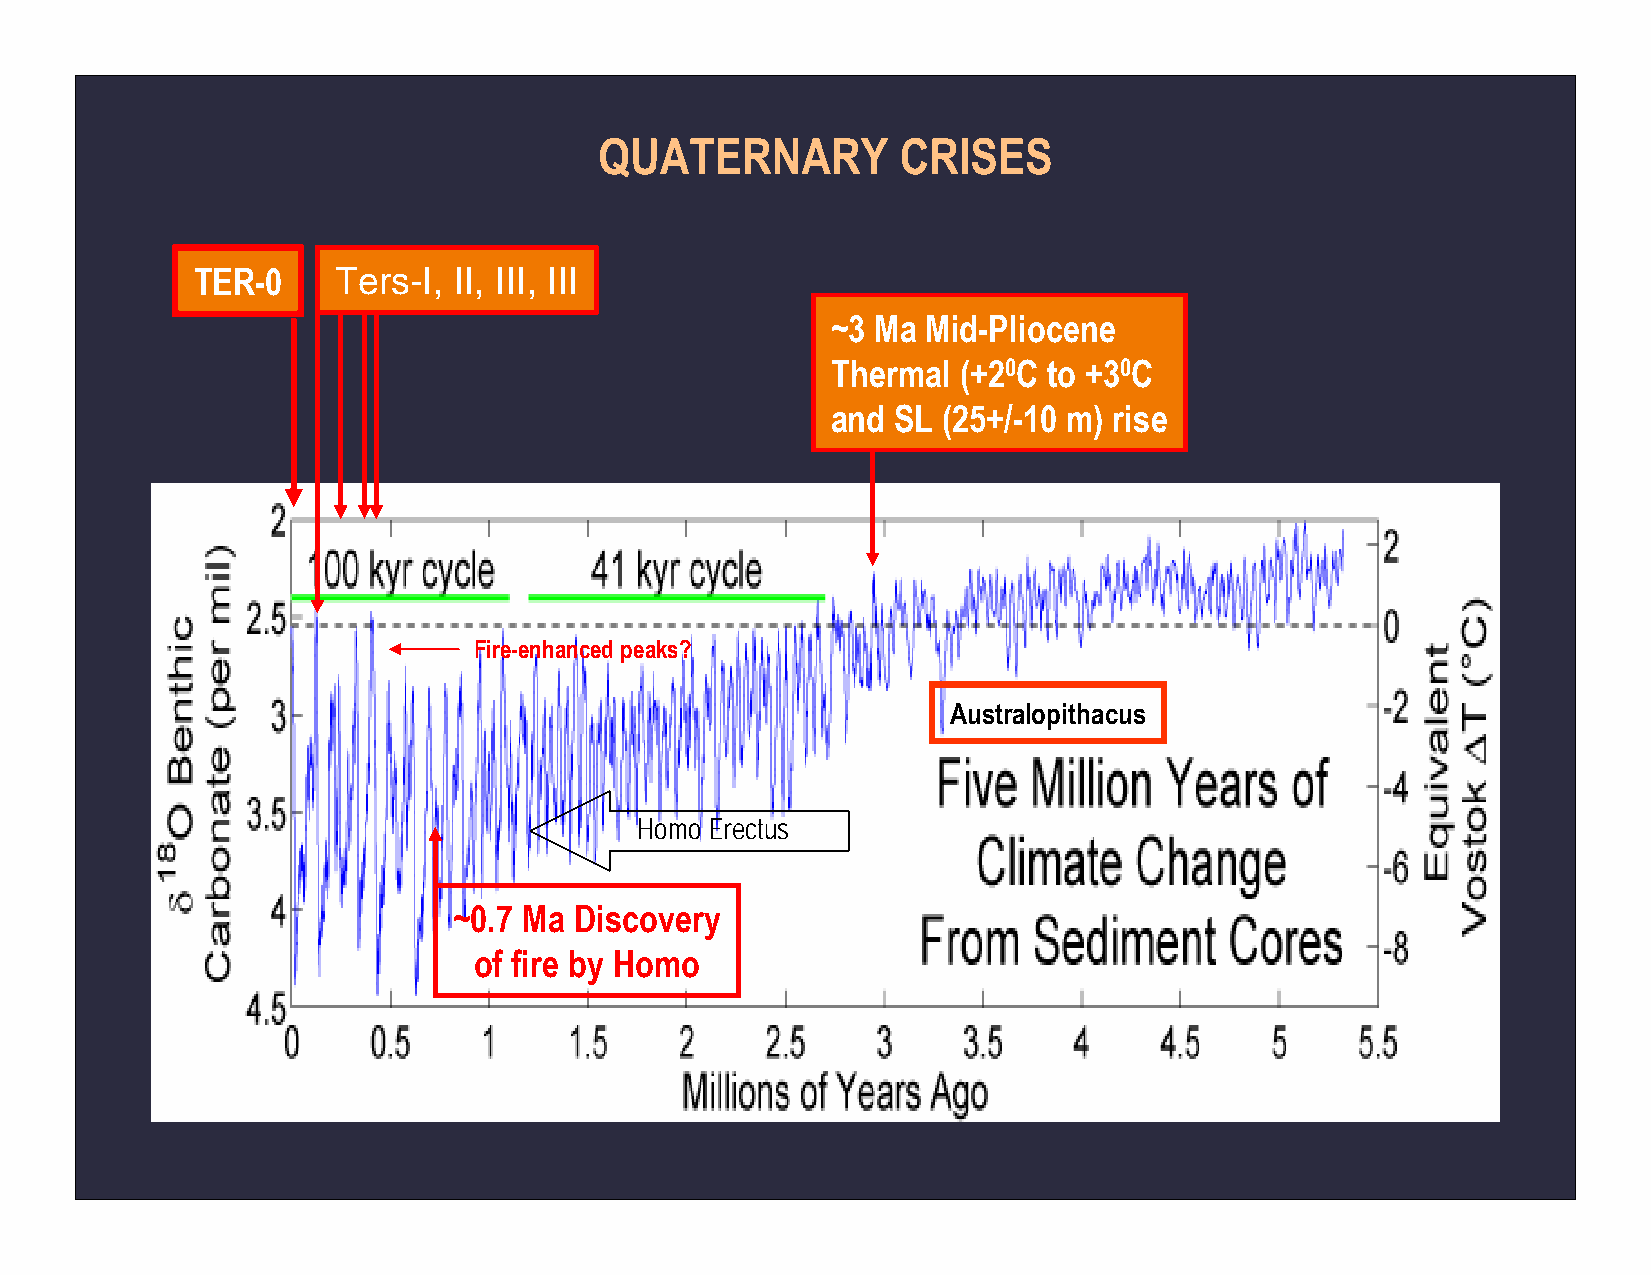
QUATERNARY          CRISES
 TER-0    Ters-I, II, III, III
 ~3 Ma Mid-Pliocene
 Thermal (+20C to +30C
 and SL (25+/-10 m) rise
 Fire-enhanced peaks?
 Australopithacus
 Homo Erectus
 ~0.7 Ma Discovery
 of fire by Homo